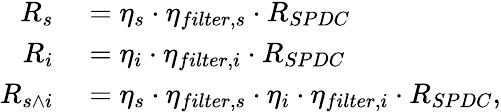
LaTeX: \begin{array}{rl}{R_{s}}&{{}=\eta_{s}\cdot\eta_{filter,s}\cdot R_{SPDC}}\\ {R_{i}}&{{}=\eta_{i}\cdot\eta_{filter,i}\cdot R_{SPDC}}\\ {R_{s\wedge i}}&{{}=\eta_{s}\cdot\eta_{filter,s}\cdot\eta_{i}\cdot\eta_{filter,i}\cdot R_{SPDC},}\end{array}